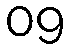
09